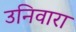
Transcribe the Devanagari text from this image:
उनिवारा